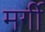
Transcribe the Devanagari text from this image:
मर्गी